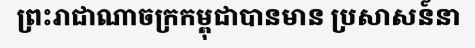
ព្រះរាជាណាចក្រកម្ពុជាបានមាន ប្រសាសន៍នា